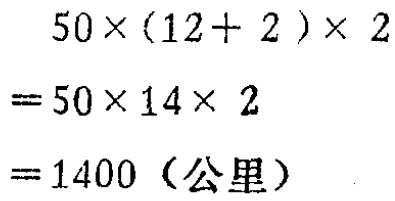
\[

\begin{align*}

&50\times(12 + 2)\times2\\

=&50\times14\times2\\

=&1400（公里）

\end{align*}

\]